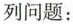
列问题：